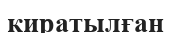
киратылған